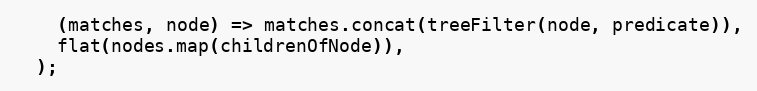
Language: JavaScript
    (matches, node) => matches.concat(treeFilter(node, predicate)),
    flat(nodes.map(childrenOfNode)),
  );